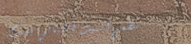
مطعم البيت اللبناني يقدم